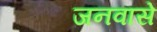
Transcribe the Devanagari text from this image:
जनवासे